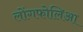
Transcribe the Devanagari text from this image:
लोंगफोलिआ